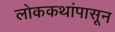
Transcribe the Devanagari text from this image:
लोककथांपासून